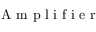
\mathrm { ~ A ~ m ~ p ~ l ~ i ~ f ~ i ~ e ~ r ~ }